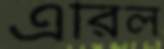
এরিল